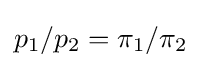
p_{1}/p_{2}=\pi _{1}/\pi _{2}